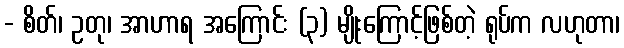
- စိတ်၊ ဥတု၊ အာဟာရ အကြောင်း (၃) မျိုးကြောင့်ဖြစ်တဲ့ ရုပ်က လဟုတာ၊